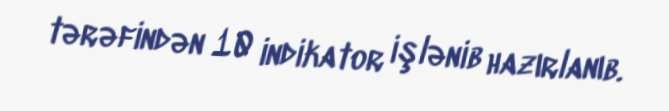
tərəfindən 10 indikator işlənib hazırlanıb.